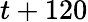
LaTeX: t+120